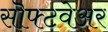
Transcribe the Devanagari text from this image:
सॊफ्टवेअर